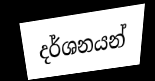
දර්ශනයන්